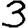
Digit: 3